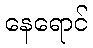
နေရောင်